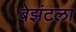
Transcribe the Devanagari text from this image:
बेझंटला